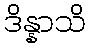
ဒိန္နာသိ